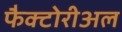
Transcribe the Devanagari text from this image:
फैक्टोरीअल